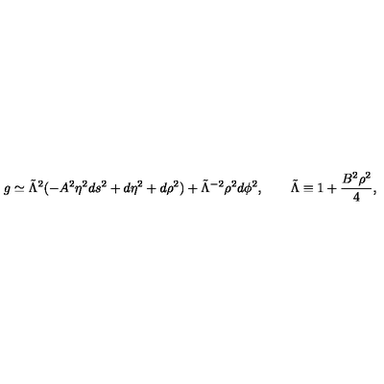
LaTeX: g \simeq \tilde { \Lambda } ^ { 2 } ( - A ^ { 2 } \eta ^ { 2 } d s ^ { 2 } + d \eta ^ { 2 } + d \rho ^ { 2 } ) + \tilde { \Lambda } ^ { - 2 } \rho ^ { 2 } d \phi ^ { 2 } , \qquad \tilde { \Lambda } \equiv 1 + \frac { B ^ { 2 } \rho ^ { 2 } } { 4 } ,